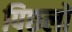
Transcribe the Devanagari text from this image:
पिछलों